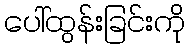
ပေါ်ထွန်းခြင်းကို